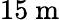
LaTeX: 15~\mathrm{m}